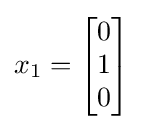
x_{1}={\begin{bmatrix}0\\1\\0\end{bmatrix}}